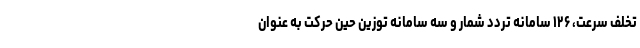
تخلف سرعت، ۱۲۶ سامانه تردد شمار و سه سامانه توزین حین حرکت به عنوان